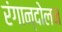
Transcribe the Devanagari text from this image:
रंगान्दोलन